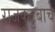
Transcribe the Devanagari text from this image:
राजकुटुंबाचे